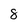
Character: 8